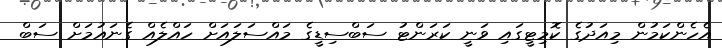
އެހެންކަމުން މިއަދުގެ ކޮމިޓީގައި ވަނީ ކަރަންޓު ސަބްސިޑީގެ މައްސަލައަށް ހައްލެއް ގެނައުމަށް ސަބް